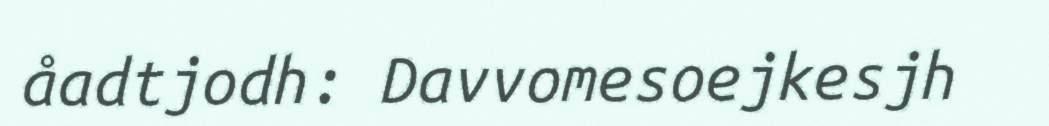
åadtjodh: Davvomesoejkesjh